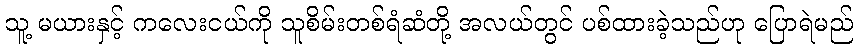
သူ့ မယားနှင့် ကလေးငယ်ကို သူစိမ်းတစ်ရံဆံတို့ အလယ်တွင် ပစ်ထားခဲ့သည်ဟု ပြောရဲမည်